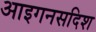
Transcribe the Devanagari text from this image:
आइगनसदिश